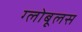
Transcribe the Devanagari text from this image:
ग्लोबूलस